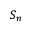
S _ { n }